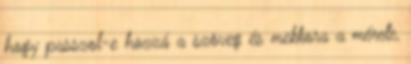
hogy passzol-e hozzá a szöveg és mekkora a mérete,